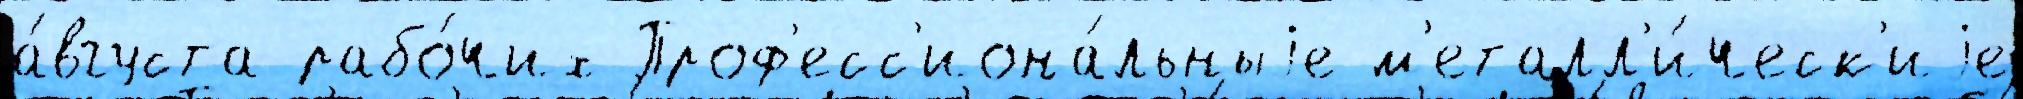
а́вгуста рабо́чих Проф'есс'иона́льныjе м'еталл'и́ческ'иjе